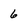
Character: 6